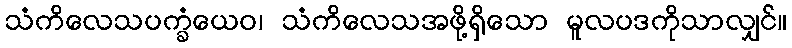
သံကိလေသပက္ခံယေဝ၊ သံကိလေသအဖို့ရှိသော မူလပဒကိုသာလျှင်။